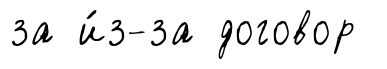
за и́з-за договор